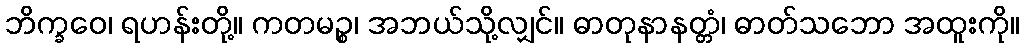
ဘိက္ခဝေ၊ ရဟန်းတို့။ ကတမဉ္စ၊ အဘယ်သို့လျှင်။ ဓာတုနာနတ္တံ၊ ဓာတ်သဘော အထူးကို။